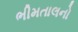
ભીમતાલનો